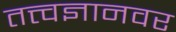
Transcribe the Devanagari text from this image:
तत्त्वज्ञानवर